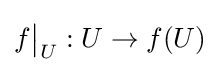
f{\big \vert }_{U}:U\to f(U)